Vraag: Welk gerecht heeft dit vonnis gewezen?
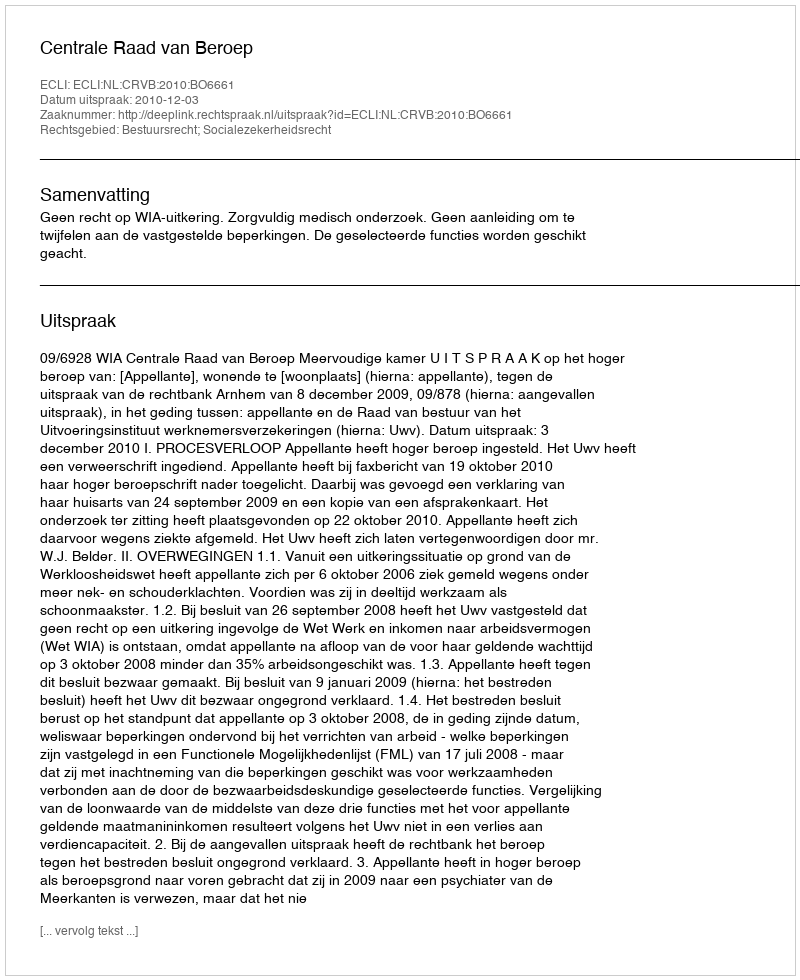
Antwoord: Centrale Raad van Beroep